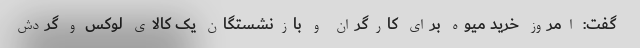
گفت: امروز خرید میوه برای کارگران و بازنشستگان یک کالای لوکس و گردش